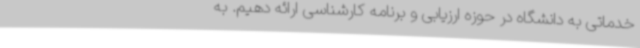
خدماتی به دانشگاه در حوزه ارزیابی و برنامه کارشناسی ارائه دهیم. به